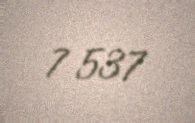
7 537